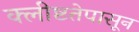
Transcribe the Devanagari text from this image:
क्लीष्टतेपासून